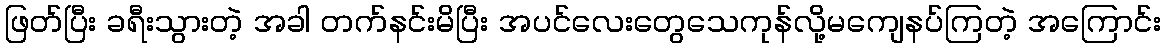
ဖြတ်ပြီး ခရီးသွားတဲ့ အခါ တက်နင်းမိပြီး အပင်လေးတွေသေကုန်လို့မကျေနပ်ကြတဲ့ အကြောင်း